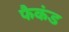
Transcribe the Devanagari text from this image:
फैकंड